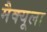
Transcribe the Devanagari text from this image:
मैक्‍यूला